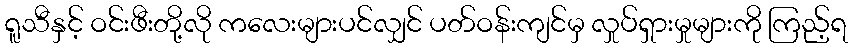
ရူသီနှင့် ဝင်းဖီးတို့လို ကလေးများပင်လျှင် ပတ်ဝန်းကျင်မှ လှုပ်ရှားမှုများကို ကြည့်ရ